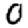
Digit: 0